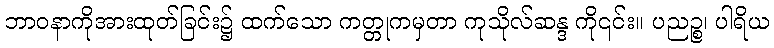
ဘာဝနာကိုအားထုတ်ခြင်း၌ ထက်သော ကတ္တုကမှတာ ကုသိုလ်ဆန္ဒ ကို၎င်း။ ပညဉ္စ၊ ပါရိယ